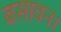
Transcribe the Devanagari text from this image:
बसावन।